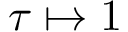
\tau \mapsto 1